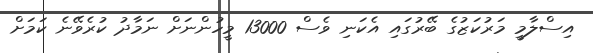
އިސްލާމީ މަރުކަޒުގެ ބޭރުގައި އެކަނި ވެސް 13000 މީހުންނަށް ނަމާދު ކުރެވޭނެ ކަމަށް